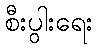
စီးပွါးရေး